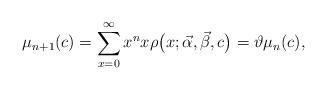
LaTeX: \begin{align*}\mu_{n+1}(c) =\sum\limits_{x=0}^{\infty}x^{n}x\rho\big( x;\vec{\alpha},\vec{\beta},c\big)=\vartheta\mu_{n}(c) , \end{align*}